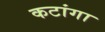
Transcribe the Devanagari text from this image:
कटांगा